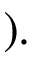
) .